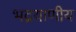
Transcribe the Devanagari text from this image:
भद्रयाणीय